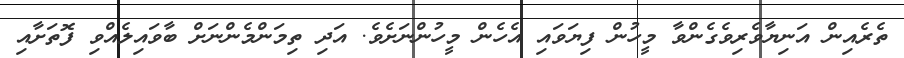
ތެރެއިން އަނިޔާވެރިވެގެންވާ މީހުން ފިޔަވައި އެހެން މީހުންނަށެވެ. އަދި ތިމަންމެންނަށް ބާވައިލެއްވި ފޮތަށާއި